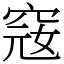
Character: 窛